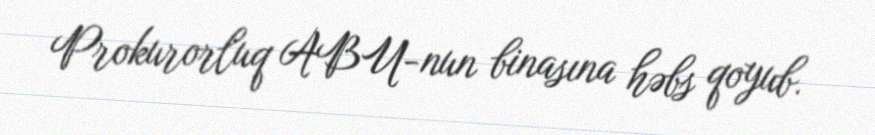
Prokurorluq ABU-nun binasına həbs qoyub.